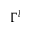
\Gamma ^ { l }